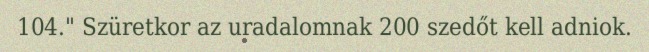
104." Szüretkor az uradalomnak 200 szedőt kell adniok.